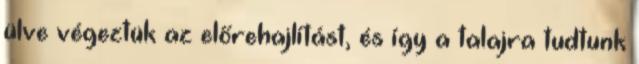
ülve végeztük az előrehajlítást, és így a talajra tudtunk